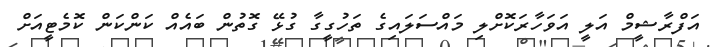
އަފްރާޝީމް އަލީ އަވަހާރަކޮށްލި މައްސަލައިގެ ތަހުގީގާ ގުޅޭ ގޮތުން ބައެއް ކަންކަން ކޮމެޓީއަށް